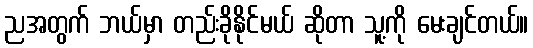
ညအတွက် ဘယ်မှာ တည်းခိုနိုင်မယ် ဆိုတာ သူ့ကို မေးချင်တယ်။